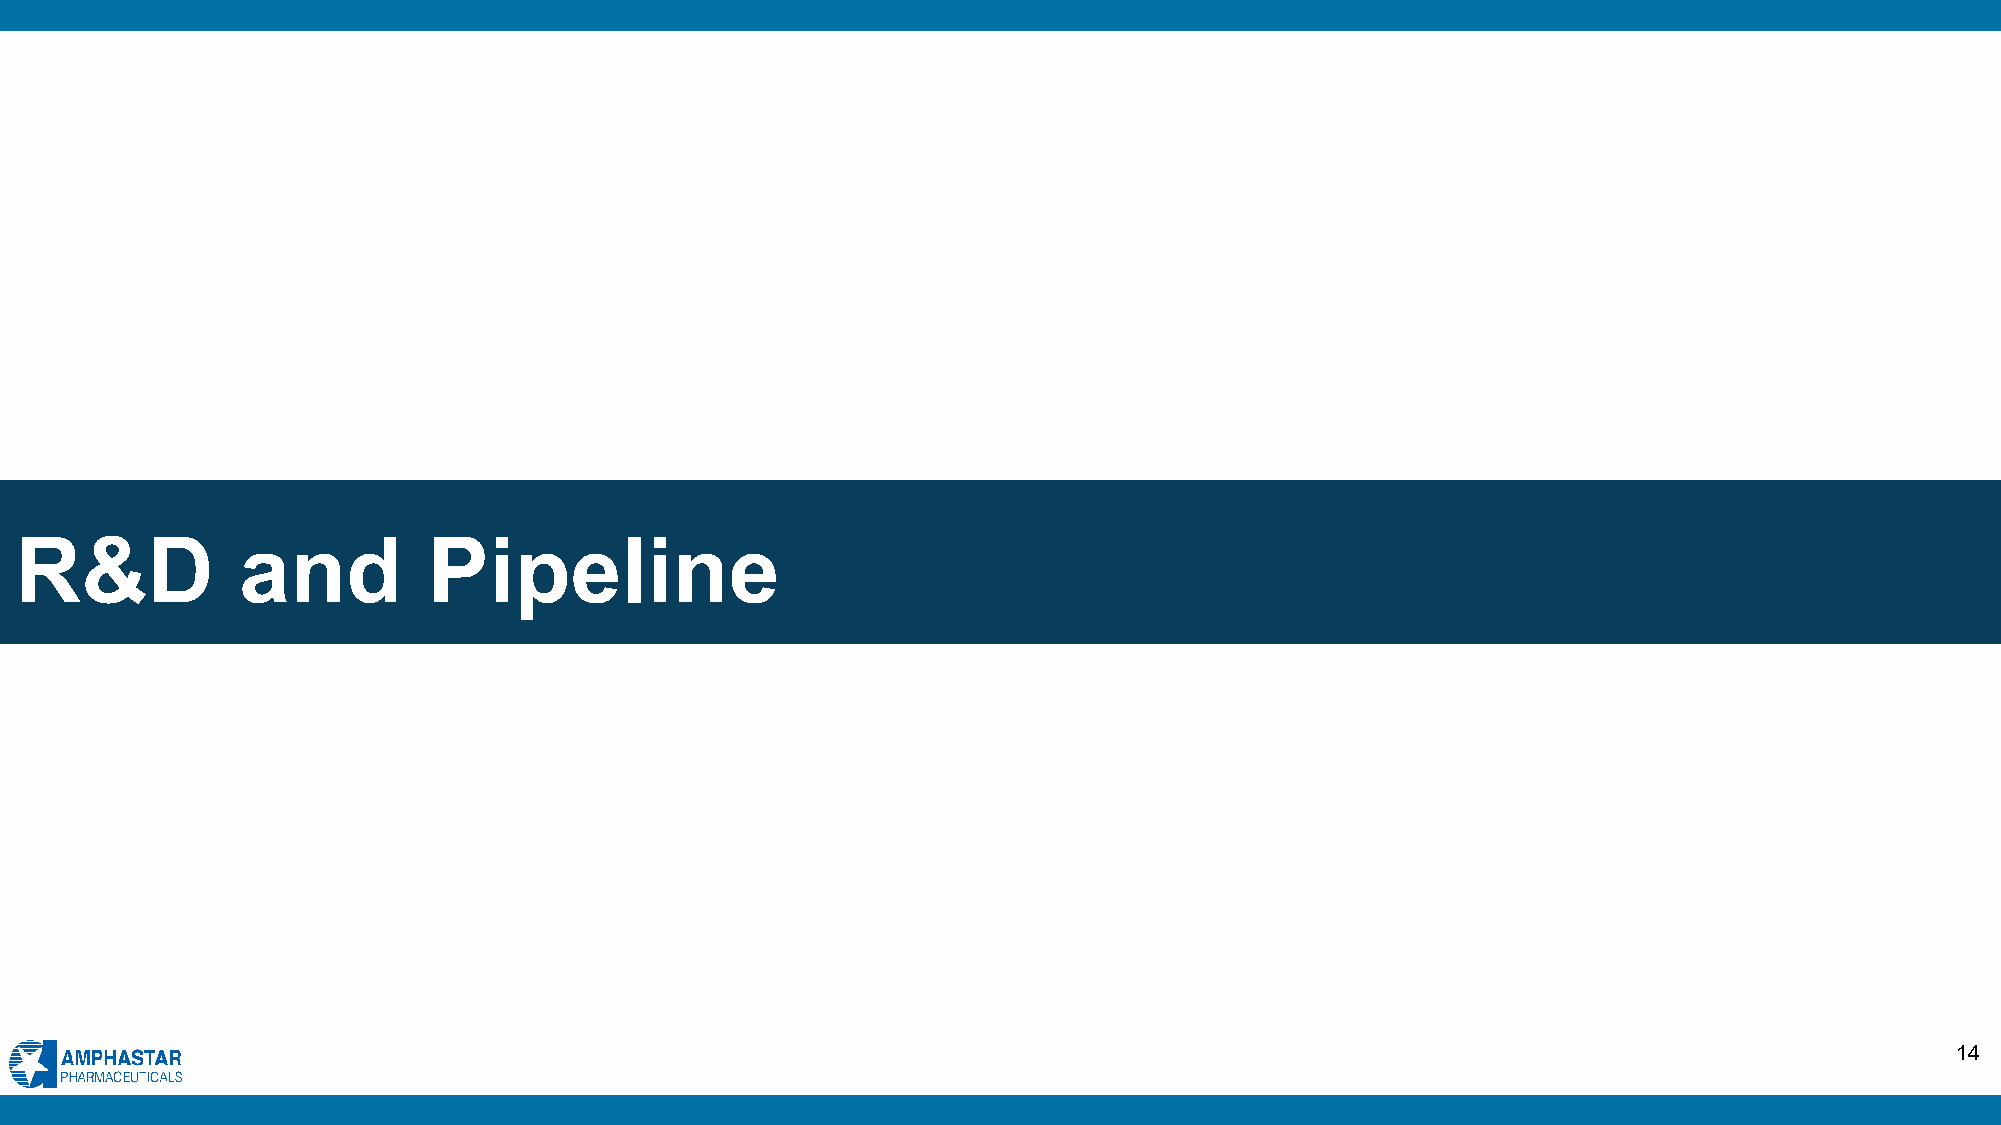
R&D            and         Pipeline
 14